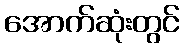
အောက်ဆုံးတွင်